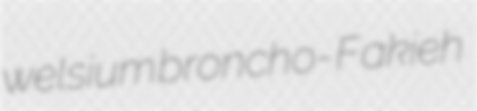
welsium broncho- Fakieh